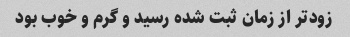
زودتر از زمان ثبت شده رسید و گرم و خوب بود